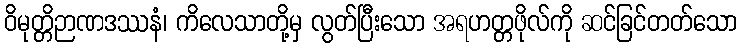
ဝိမုတ္တိဉာဏဒဿနံ၊ ကိလေသာတို့မှ လွတ်ပြီးသော အရဟတ္တဖိုလ်ကို ဆင်ခြင်တတ်သော